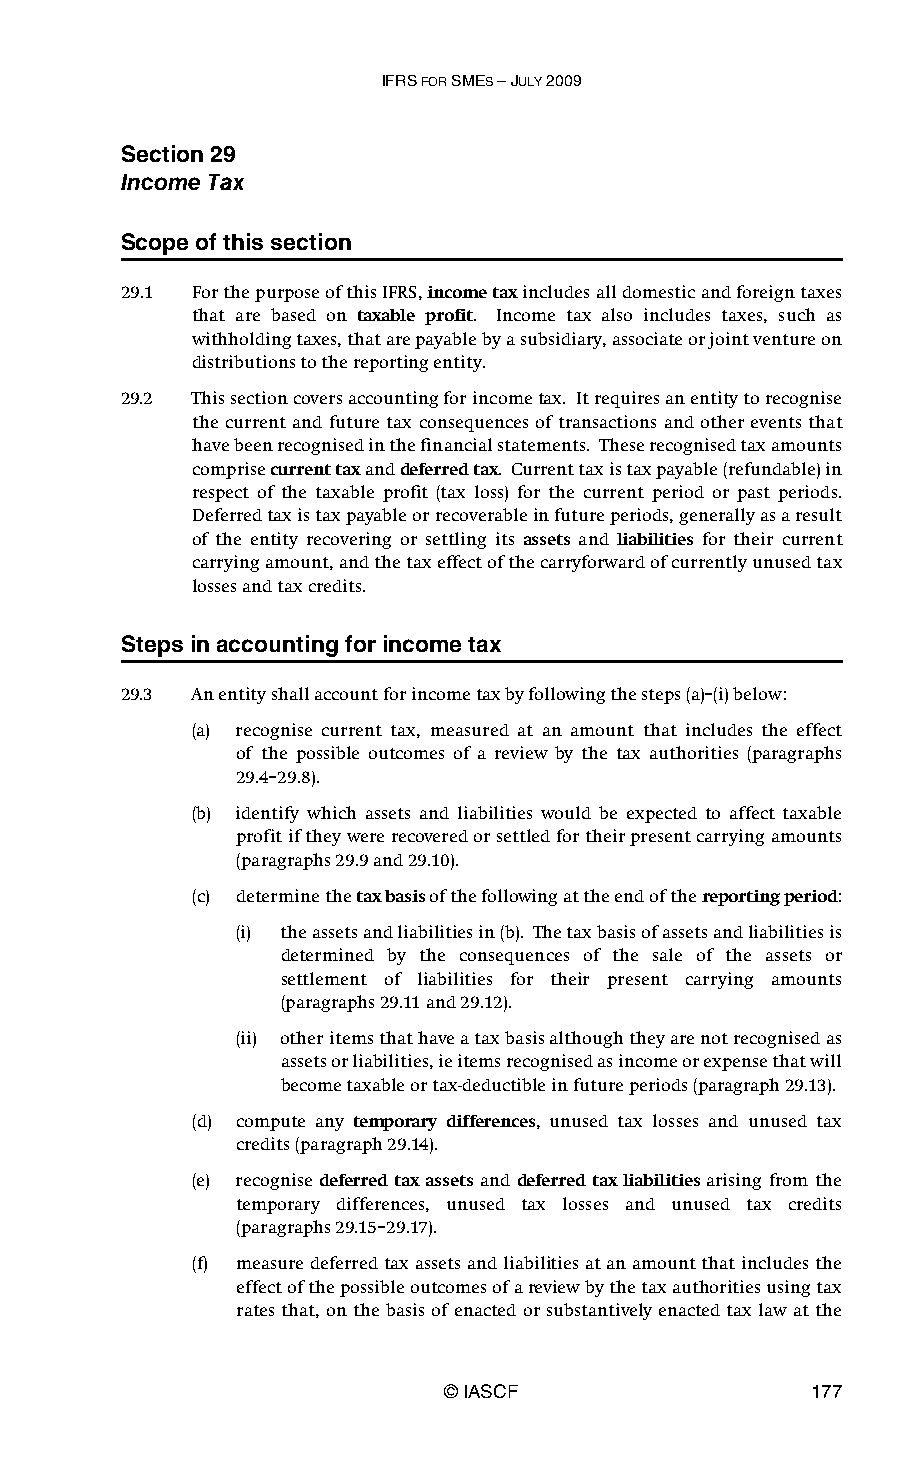
IFRS FOR SMES – JULY 2009
 Section 29
 Income Tax
 Scope of this section
 29.1 For the purpose of this IFRS, income tax includes all domestic and foreign taxes
 that are based on taxable profit. Income tax also includes taxes, such as
 withholding taxes, that are payable by a subsidiary, associate or joint venture on
 distributions to the reporting entity.
 29.2 This section covers accounting for income tax. It requires an entity to recognise
 the current and future tax consequences of transactions and other events that
 have been recognised in the financial statements. These recognised tax amounts
 comprise current tax and deferred tax. Current tax is tax payable (refundable) in
 respect of the taxable profit (tax loss) for the current period or past periods.
 Deferred tax is tax payable or recoverable in future periods, generally as a result
 of the entity recovering or settling its assets and liabilities for their current
 carrying amount, and the tax effect of the carryforward of currently unused tax
 losses and tax credits.
 Steps in accounting for income tax
 29.3 An entity shall account for income tax by following the steps (a)–(i) below:
 (a) recognise current tax, measured at an amount that includes the effect
 of the possible outcomes of a review by the tax authorities (paragraphs
 29.4–29.8).
 (b) identify which assets and liabilities would be expected to affect taxable
 profit if they were recovered or settled for their present carrying amounts
 (paragraphs 29.9 and 29.10).
 (c) determine the tax basis of the following at the end of the reporting period:
 (i) the assets and liabilities in (b). The tax basis of assets and liabilities is
 determined by the consequences of the sale of the assets or
 settlement of liabilities for their present carrying amounts
 (paragraphs 29.11 and 29.12).
 (ii) other items that have a tax basis although they are not recognised as
 assets or liabilities, ie items recognised as income or expense that will
 become taxable or tax-deductible in future periods (paragraph 29.13).
 (d) compute any temporary differences, unused tax losses and unused tax
 credits (paragraph 29.14).
 (e) recognise deferred tax assets and deferred tax liabilities arising from the
 temporary differences, unused tax losses and unused tax credits
 (paragraphs 29.15–29.17).
 (f) measure deferred tax assets and liabilities at an amount that includes the
 effect of the possible outcomes of a review by the tax authorities using tax
 rates that, on the basis of enacted or substantively enacted tax law at the
 © IASCF                 177